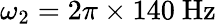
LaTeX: \omega_{2}=2\pi\times 140~\mathrm{Hz}